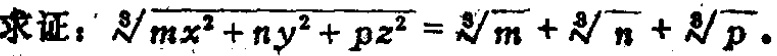
求证：\(\sqrt[3]{mx^{2}+ny^{2}+pz^{2}}=\sqrt[3]{m}+\sqrt[3]{n}+\sqrt[3]{p}\)。